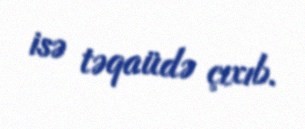
isə təqaüdə çıxıb.